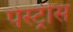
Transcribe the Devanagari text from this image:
पेस्ट्रीस